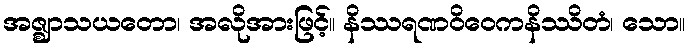
အဇ္ဈာသယတော၊ အလိုအားဖြင့်။ နိဿရဏဝိဝေကနိဿိတံ၊ သော။